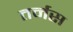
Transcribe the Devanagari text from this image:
तर्नस